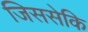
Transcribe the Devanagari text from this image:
जिससेकि